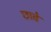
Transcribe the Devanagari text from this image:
छावे